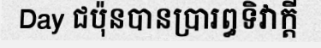
Day ជប៉ុនបានប្រារព្ធទិវាក្តី